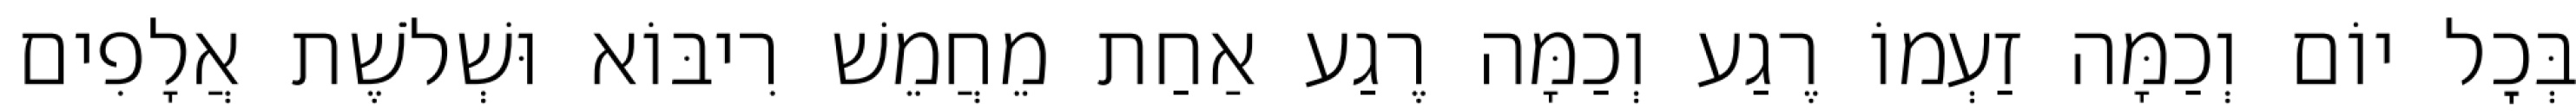
בְּכׇל יוֹם וְכַמָּה זַעְמוֹ רֶגַע וְכַמָּה רֶגַע אַחַת מֵחֲמֵשׁ רִיבּוֹא וּשְׁלֹשֶׁת אֲלָפִים